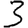
Digit: 3